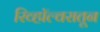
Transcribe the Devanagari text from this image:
रिव्हॉल्वरातून